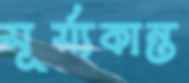
সূর্য্যকান্ত